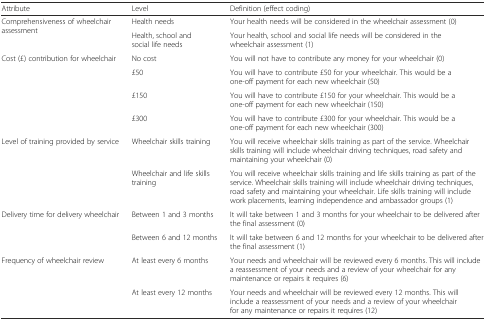
| Attribute | Level | Definition (effect coding) |
 | --- | --- | --- |
 | <ROWSPAN=2> Comprehensiveness of wheelchair assessment | Health needs | Your health needs will be considered in the wheelchair assessment (0) |
 | Health, school and social life needs | Your health, school and social life needs will be considered in the wheelchair assessment (1) |
 | <ROWSPAN=4> Cost (£) contribution for wheelchair | No cost | You will not have to contribute any money for your wheelchair (0) |
 | £50 | You will have to contribute £50 for your wheelchair. This would be a one-off payment for each new wheelchair (50) |
 | £150 | You will have to contribute £150 for your wheelchair. This would be a one-off payment for each new wheelchair (150) |
 | £300 | You will have to contribute £300 for your wheelchair. This would be a one-off payment for each new wheelchair (300) |
 | <ROWSPAN=2> Level of training provided by service | Wheelchair skills training | You will receive wheelchair skills training as part of the service. Wheelchair skills training will include wheelchair driving techniques, road safety and maintaining your wheelchair (0) |
 | Wheelchair and life skills training | You will receive wheelchair skills training and life skills training as part of the service. Wheelchair skills training will include wheelchair driving techniques, road safety and maintaining your wheelchair. Life skills training will include work placements, learning independence and ambassador groups (1) |
 | <ROWSPAN=2> Delivery time for delivery wheelchair | Between 1 and 3 months | It will take between 1 and 3 months for your wheelchair to be delivered after the final assessment (0) |
 | Between 6 and 12 months | It will take between 6 and 12 months for your wheelchair to be delivered after the final assessment (1) |
 | <ROWSPAN=2> Frequency of wheelchair review | At least every 6 months | Your needs and wheelchair will be reviewed every 6 months. This will include a reassessment of your needs and a review of your wheelchair for any maintenance or repairs it requires (6) |
 | At least every 12 months | Your needs and wheelchair will be reviewed every 12 months. This will include a reassessment of your needs and a review of your wheelchair for any maintenance or repairs it requires (12) |